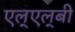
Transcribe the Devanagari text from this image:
एल्‌एल्‌बी